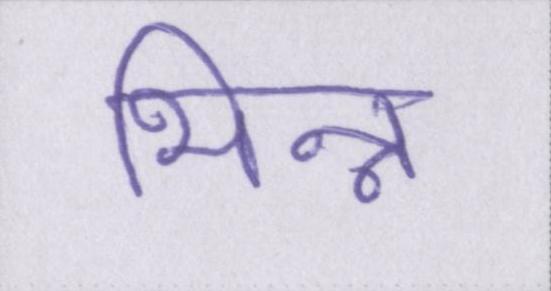
भिन्न